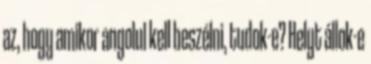
az, hogy amikor angolul kell beszélni, tudok-e? Helyt állok-e